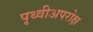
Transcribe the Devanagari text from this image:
पृथ्वीअपरोक्ष